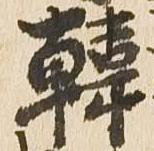
韓